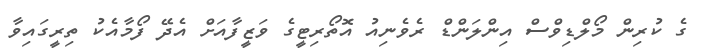
ގެ ކުރިން މޯލްޑިވްސް އިންލަންޑް ރެވެނިއު އޮތޯރިޓީގެ ވަޒީފާއަށް އެދޭ ފޯމާއެކު ތިރީގައިވާ